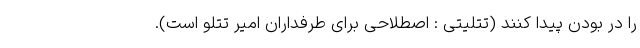
را در بودن پیدا کنند (تتلیتی : اصطلاحی برای طرفداران امیر تتلو است).